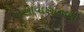
તાણાવાણાવાળી